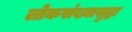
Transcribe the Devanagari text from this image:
लोकसंख्यासुद्धा